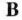
B